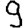
Digit: 9